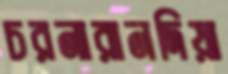
চরনারানদিয়া